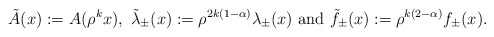
\begin{align*}\tilde A(x) := A(\rho^k x), \ \tilde \lambda_{\pm}(x) := \rho^{2k(1-\alpha)} \lambda_{\pm}(x) \ \mbox{and} \ \tilde f_{\pm}(x) : = \rho^{k(2-\alpha)}f_{\pm}(x).\end{align*}